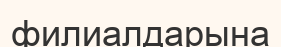
филиалдарына